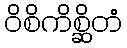
ဝိစိကိစ္ဆိတံ